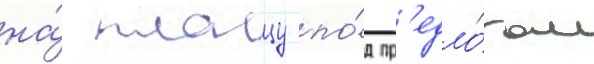
на́ плацу по́д пр'едло́гом